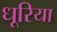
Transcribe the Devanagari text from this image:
धूरिया